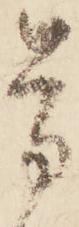
旁